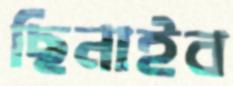
ছিনাইব